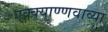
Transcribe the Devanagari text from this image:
एक्क्याण्णवाव्या